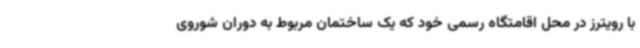
با رویترز در محل اقامتگاه رسمی خود که یک ساختمان مربوط به دوران شوروی